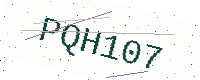
Text: PQH107